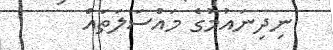
ނިދިނައުމުގެ މައްސަލަތައް